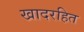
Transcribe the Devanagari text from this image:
खादरहित